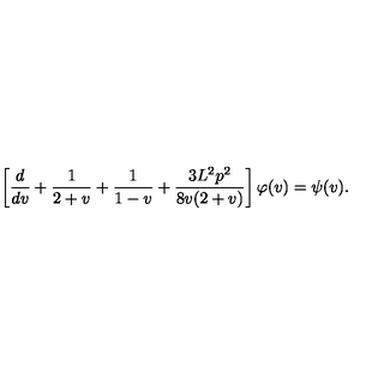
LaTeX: \left[ \frac { d } { d v } + \frac 1 { 2 + v } + \frac 1 { 1 - v } + \frac { 3 L ^ { 2 } p ^ { 2 } } { 8 v ( 2 + v ) } \right] \varphi ( v ) = \psi ( v ) .